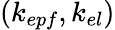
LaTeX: (k_{epf},k_{el})